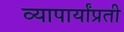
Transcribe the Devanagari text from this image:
व्यापार्यांप्रती